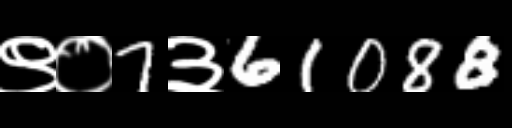
Text: ९०7३61088